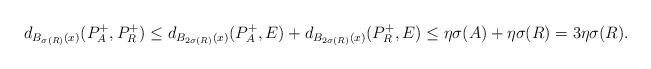
LaTeX: \begin{align*} d_{B_{\sigma(R)}(x)}(P_A^+,P_{R}^+) \le d_{B_{2\sigma(R)}(x)}(P_A^+,E)+d_{B_{2\sigma(R)}(x)}(P_{R}^+,E) \le \eta \sigma(A)+\eta \sigma(R) =3\eta \sigma(R). \end{align*}